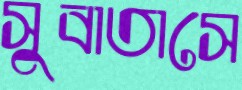
সুবাতাসে